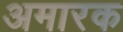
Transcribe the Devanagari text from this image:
अमारक